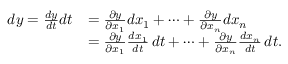
{ \begin{array} { r l } { d y = { \frac { d y } { d t } } d t } & { = { \frac { \partial y } { \partial x _ { 1 } } } d x _ { 1 } + \cdots + { \frac { \partial y } { \partial x _ { n } } } d x _ { n } } \\ & { = { \frac { \partial y } { \partial x _ { 1 } } } { \frac { d x _ { 1 } } { d t } } \, d t + \cdots + { \frac { \partial y } { \partial x _ { n } } } { \frac { d x _ { n } } { d t } } \, d t . } \end{array} }